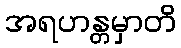
အရဟန္တမှာတိ